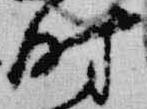
時